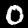
Label: 0